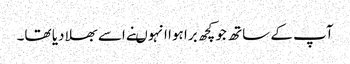
آپ کے ساتھ جو کچھ برا ہوا انہوںنے اسے بھلا دیا تھا۔